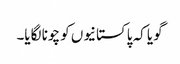
گویا کہ پاکستانیوں کو چونا لگایا۔